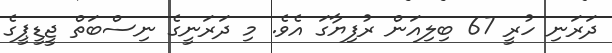
ދަރަނި ހުރީ 67 ބިލިއަން ރުފިޔާގަ އެވެ. މި ދަރަނީގެ ނިސްބަތް ޖީޑީޕީގެ